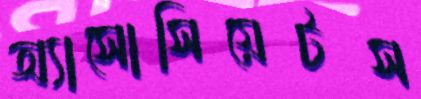
অ্যাসোসিয়েটস